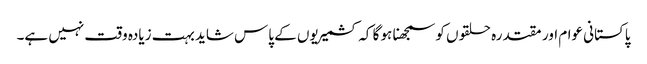
پاکستانی عوام اور مقتدرہ حلقوں کو سمجھنا ہو گا کہ کشمیریوں کے پاس شاید بہت زیادہ وقت نہیں ہے۔